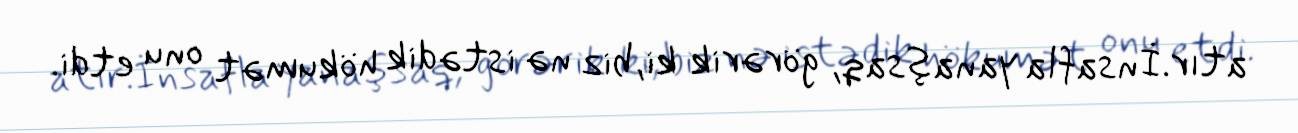
atır.İnsafla yanaşsaq, görərik ki, biz nə istədik hökumət onu etdi.